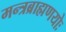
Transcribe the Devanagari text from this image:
मन्त्रब्राह्मणयोः